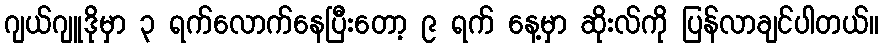
ဂျယ်ဂျူဒိုမှာ ၃ ရက်လောက်နေပြီးတော့ ၉ ရက် နေ့မှာ ဆိုးလ်ကို ပြန်လာချင်ပါတယ်။